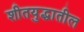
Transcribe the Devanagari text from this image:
शीतयुद्धातील